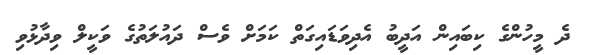
ދެ މީހުންގެ ކިބައިން އަދީބު އެދިވަޑައިގަތް ކަމަށް ވެސް ދައުލަތުގެ ވަކީލް ވިދާޅުވި